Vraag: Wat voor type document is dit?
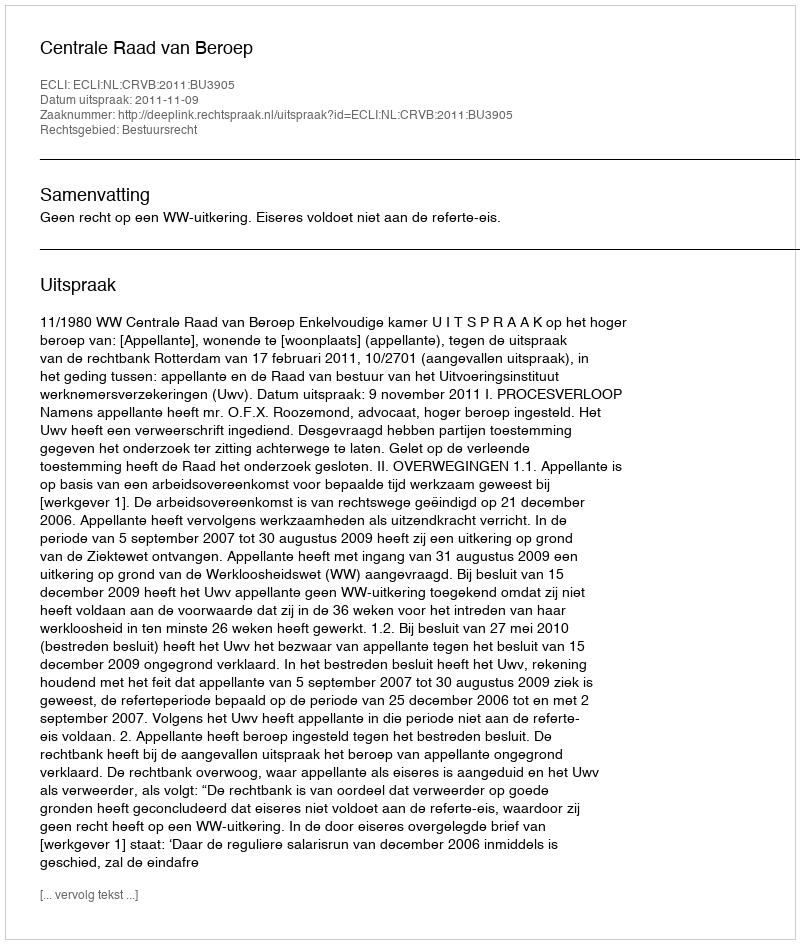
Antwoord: Uitspraak